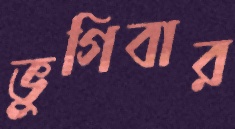
ভুগিবার